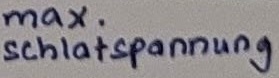
Text: max. Schaltspannung